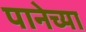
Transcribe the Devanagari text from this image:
पानेच्या